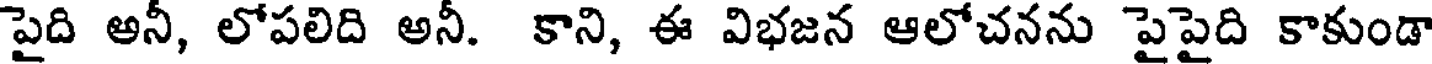
పైది అనీ, లోపలిది అనీ. కాని, ఈ విభజన ఆలోచనను పైపైది కాకుండా